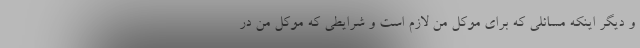
و دیگر اینکه مسائلی که برای موکل من لازم است و شرایطی که موکل من در